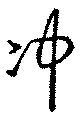
冲